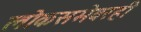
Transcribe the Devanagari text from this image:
लोकसभेवरही